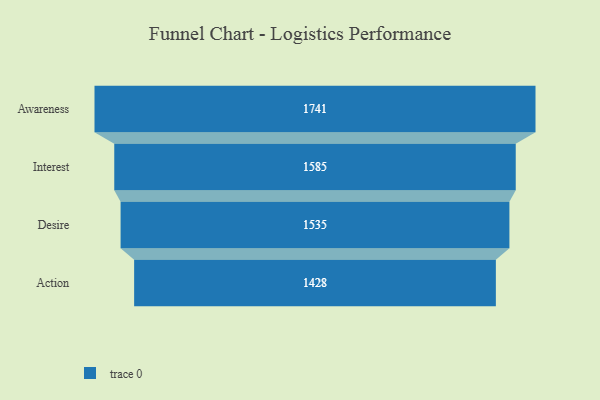
{"axis": {"x": "Stage", "y": "Value"}, "legend": [""], "data": [{"x": "Awareness", "y": 1741.0, "type": ""}, {"x": "Interest", "y": 1585.0, "type": ""}, {"x": "Desire", "y": 1535.0, "type": ""}, {"x": "Action", "y": 1428.0, "type": ""}]}